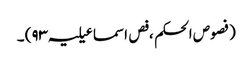
(فصوص الحکم ، فص اسماعیلیہ ۹۳) ۔